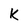
Character: K